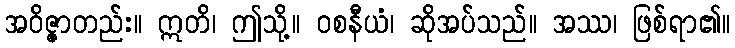
အဝိဇ္ဇာတည်း။ ဣတိ၊ ဤသို့။ ဝစနီယံ၊ ဆိုအပ်သည်။ အဿ၊ ဖြစ်ရာ၏။